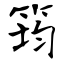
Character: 筠